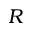
R